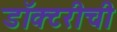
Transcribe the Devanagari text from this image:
डॉक्टरीची